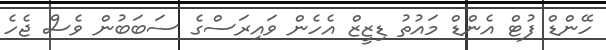
ހޭންޑް ފުޓް އެންޑް މައުތު ޑިޒީޒް އެހެން ވައިރަސްގެ ސަބަބުން ވެސް ޖެހެ